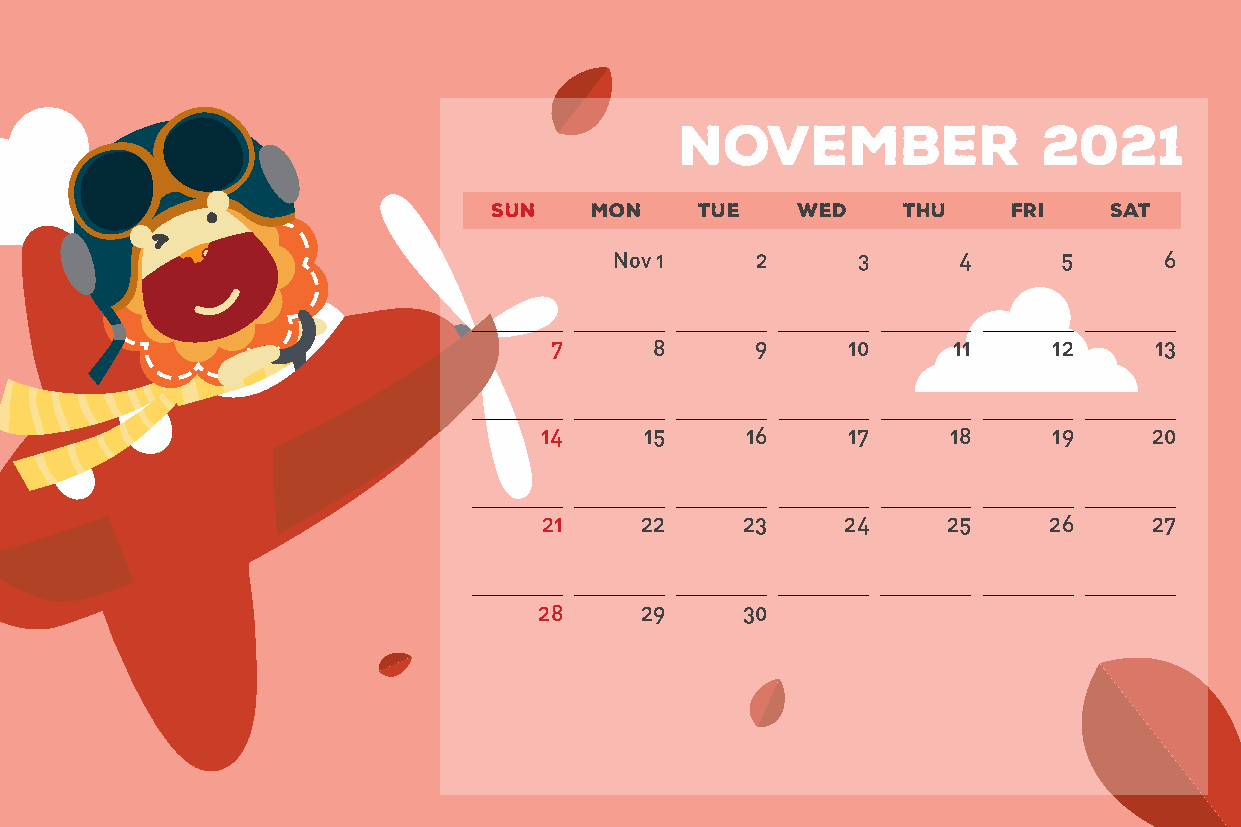
November                2021
 SUN   MON    TUE    WED    THU    FRI   SAT
 Nov 1    2      3     4      5      6
 7      8      9     10     11     12    13
 14     15    16     17     18     19    20
 21    22     23     24     25    26     27
 28    29     30